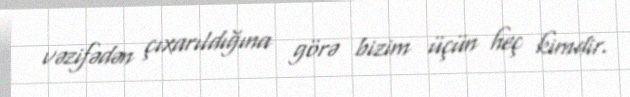
vəzifədən çıxarıldığına görə bizim üçün heç kimdir.